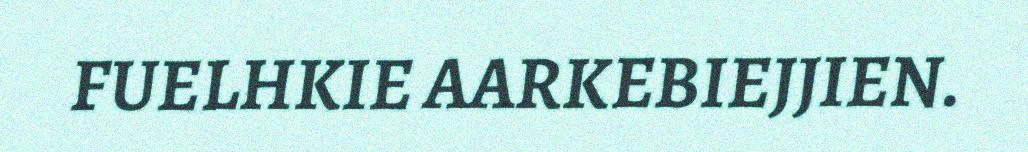
FUELHKIE AARKEBIEJJIEN.